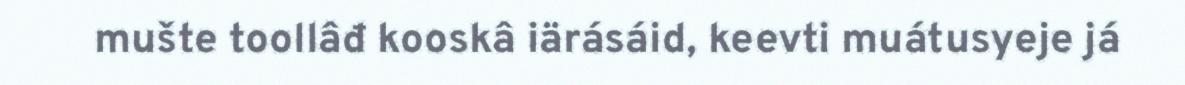
mušte toollâđ kooskâ iärásáid, keevti muátusyeje já